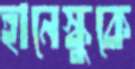
হানেস্কুকে